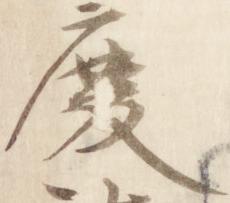
慶